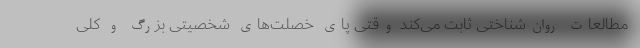
مطالعات روان‌شناختی ثابت می‌کند وقتی پای خصلت‌های شخصیتی بزرگ و کلی